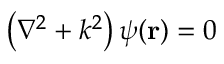
\left( \nabla ^ { 2 } + k ^ { 2 } \right) \psi ( \mathbf { r } ) = 0